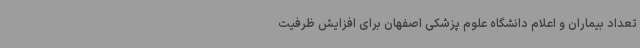
تعداد بیماران و اعلام دانشگاه علوم پزشکی اصفهان برای افزایش ظرفیت